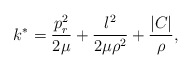
\begin{align*}k^*= \frac{p_r^2} {2 \mu} + \frac{l^2} {2 \mu \rho^2} + \frac{\vert C \vert} {\rho},\end{align*}